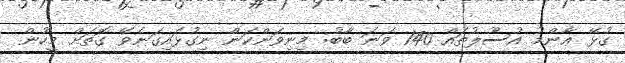
ގުޅޭ ޢާންމު އުސޫލުތައް 140 ވަނަ ބާބު: މިނިވަންކަން ނިގުޅައިގަނެވޭ ގޮތަށް މީހުން